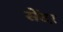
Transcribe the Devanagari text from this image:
सेंटऱ